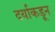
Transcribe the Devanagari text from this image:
दर्याकडून